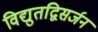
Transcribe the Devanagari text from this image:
विद्युतद्विसर्जन